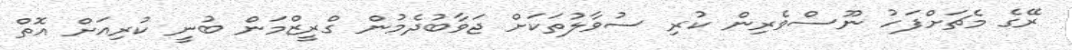
ރޭގެ މެޗަށްފަހު ނޫސްވެރިން ކުރި ސުވާލުތަކަށް ޖަވާބުދެމުން ގްރީޒްމަން ބުނީ ކުރިއަށް އޮތް